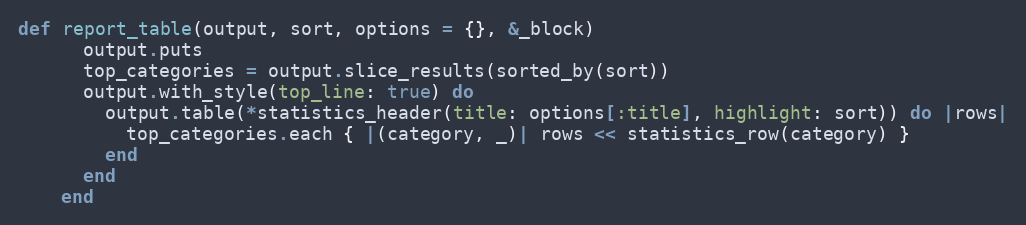
Language: Ruby
def report_table(output, sort, options = {}, &_block)
      output.puts
      top_categories = output.slice_results(sorted_by(sort))
      output.with_style(top_line: true) do
        output.table(*statistics_header(title: options[:title], highlight: sort)) do |rows|
          top_categories.each { |(category, _)| rows << statistics_row(category) }
        end
      end
    end